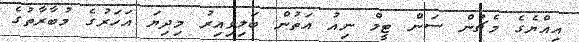
އިއްޔެގެ މެޗުން ސަން ޓީމް ނިއު އަތުން ބަލިވިއިރު މިދިޔަ އަހަރުގެ މުބާރާތުގެ